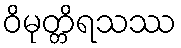
ဝိမုတ္တိရသဿ